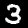
Label: 3